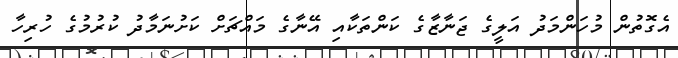
އެގޮތުން މުހަންމަދު އަލީގެ ޖަނާޒާގެ ކަންތަކާއި އޭނާގެ މައްޗަށް ކަށުނަމާދު ކުރުމުގެ ހުރިހާ